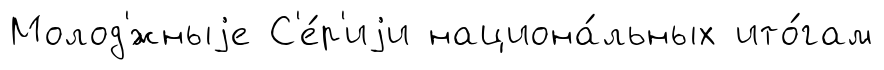
Молод'́жныjе С'е́р'иjи национа́льных ито́гам